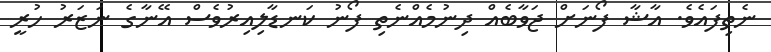
ނެތިފައެވެ. އާޝާ ފޯނަށް ޖަވާބެއް ދިނުމެއްނެތި ފޯނު ކަނޑާލިއިރުވެސް އޭނާގެ ނަޒަރު ހުރީ